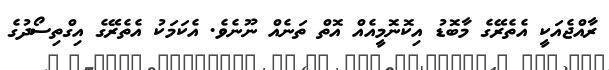
ރާއްޖެއަކީ އެތެރޭގެ މާބޮޑު އިކޮނޮމީއެއް އޮތް ތަނެއް ނޫނެވެ. އެކަމަކު އެތެރޭގެ އިގްތިސޯދުގެ